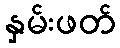
နှမ်းဖတ်